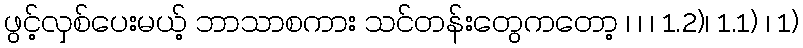
ဖွင့်လှစ်ပေးမယ့် ဘာသာစကား သင်တန်းတွေကတော့ ၊ ၊ ၊ 1.2)၊ 1.1) ၊ 1)